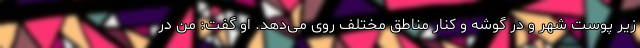
زیر پوست شهر و در گوشه و کنار مناطق مختلف روی می‌دهد. او گفت: من در